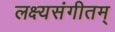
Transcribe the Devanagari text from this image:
लक्ष्यसंगीतम्‌